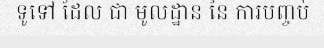
ទូទៅ ដែល ជា មូលដ្ឋាន នៃ ការបញ្ចប់